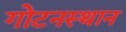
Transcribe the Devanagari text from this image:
गोटनस्थान